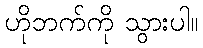
ဟိုဘက်ကို သွားပါ။